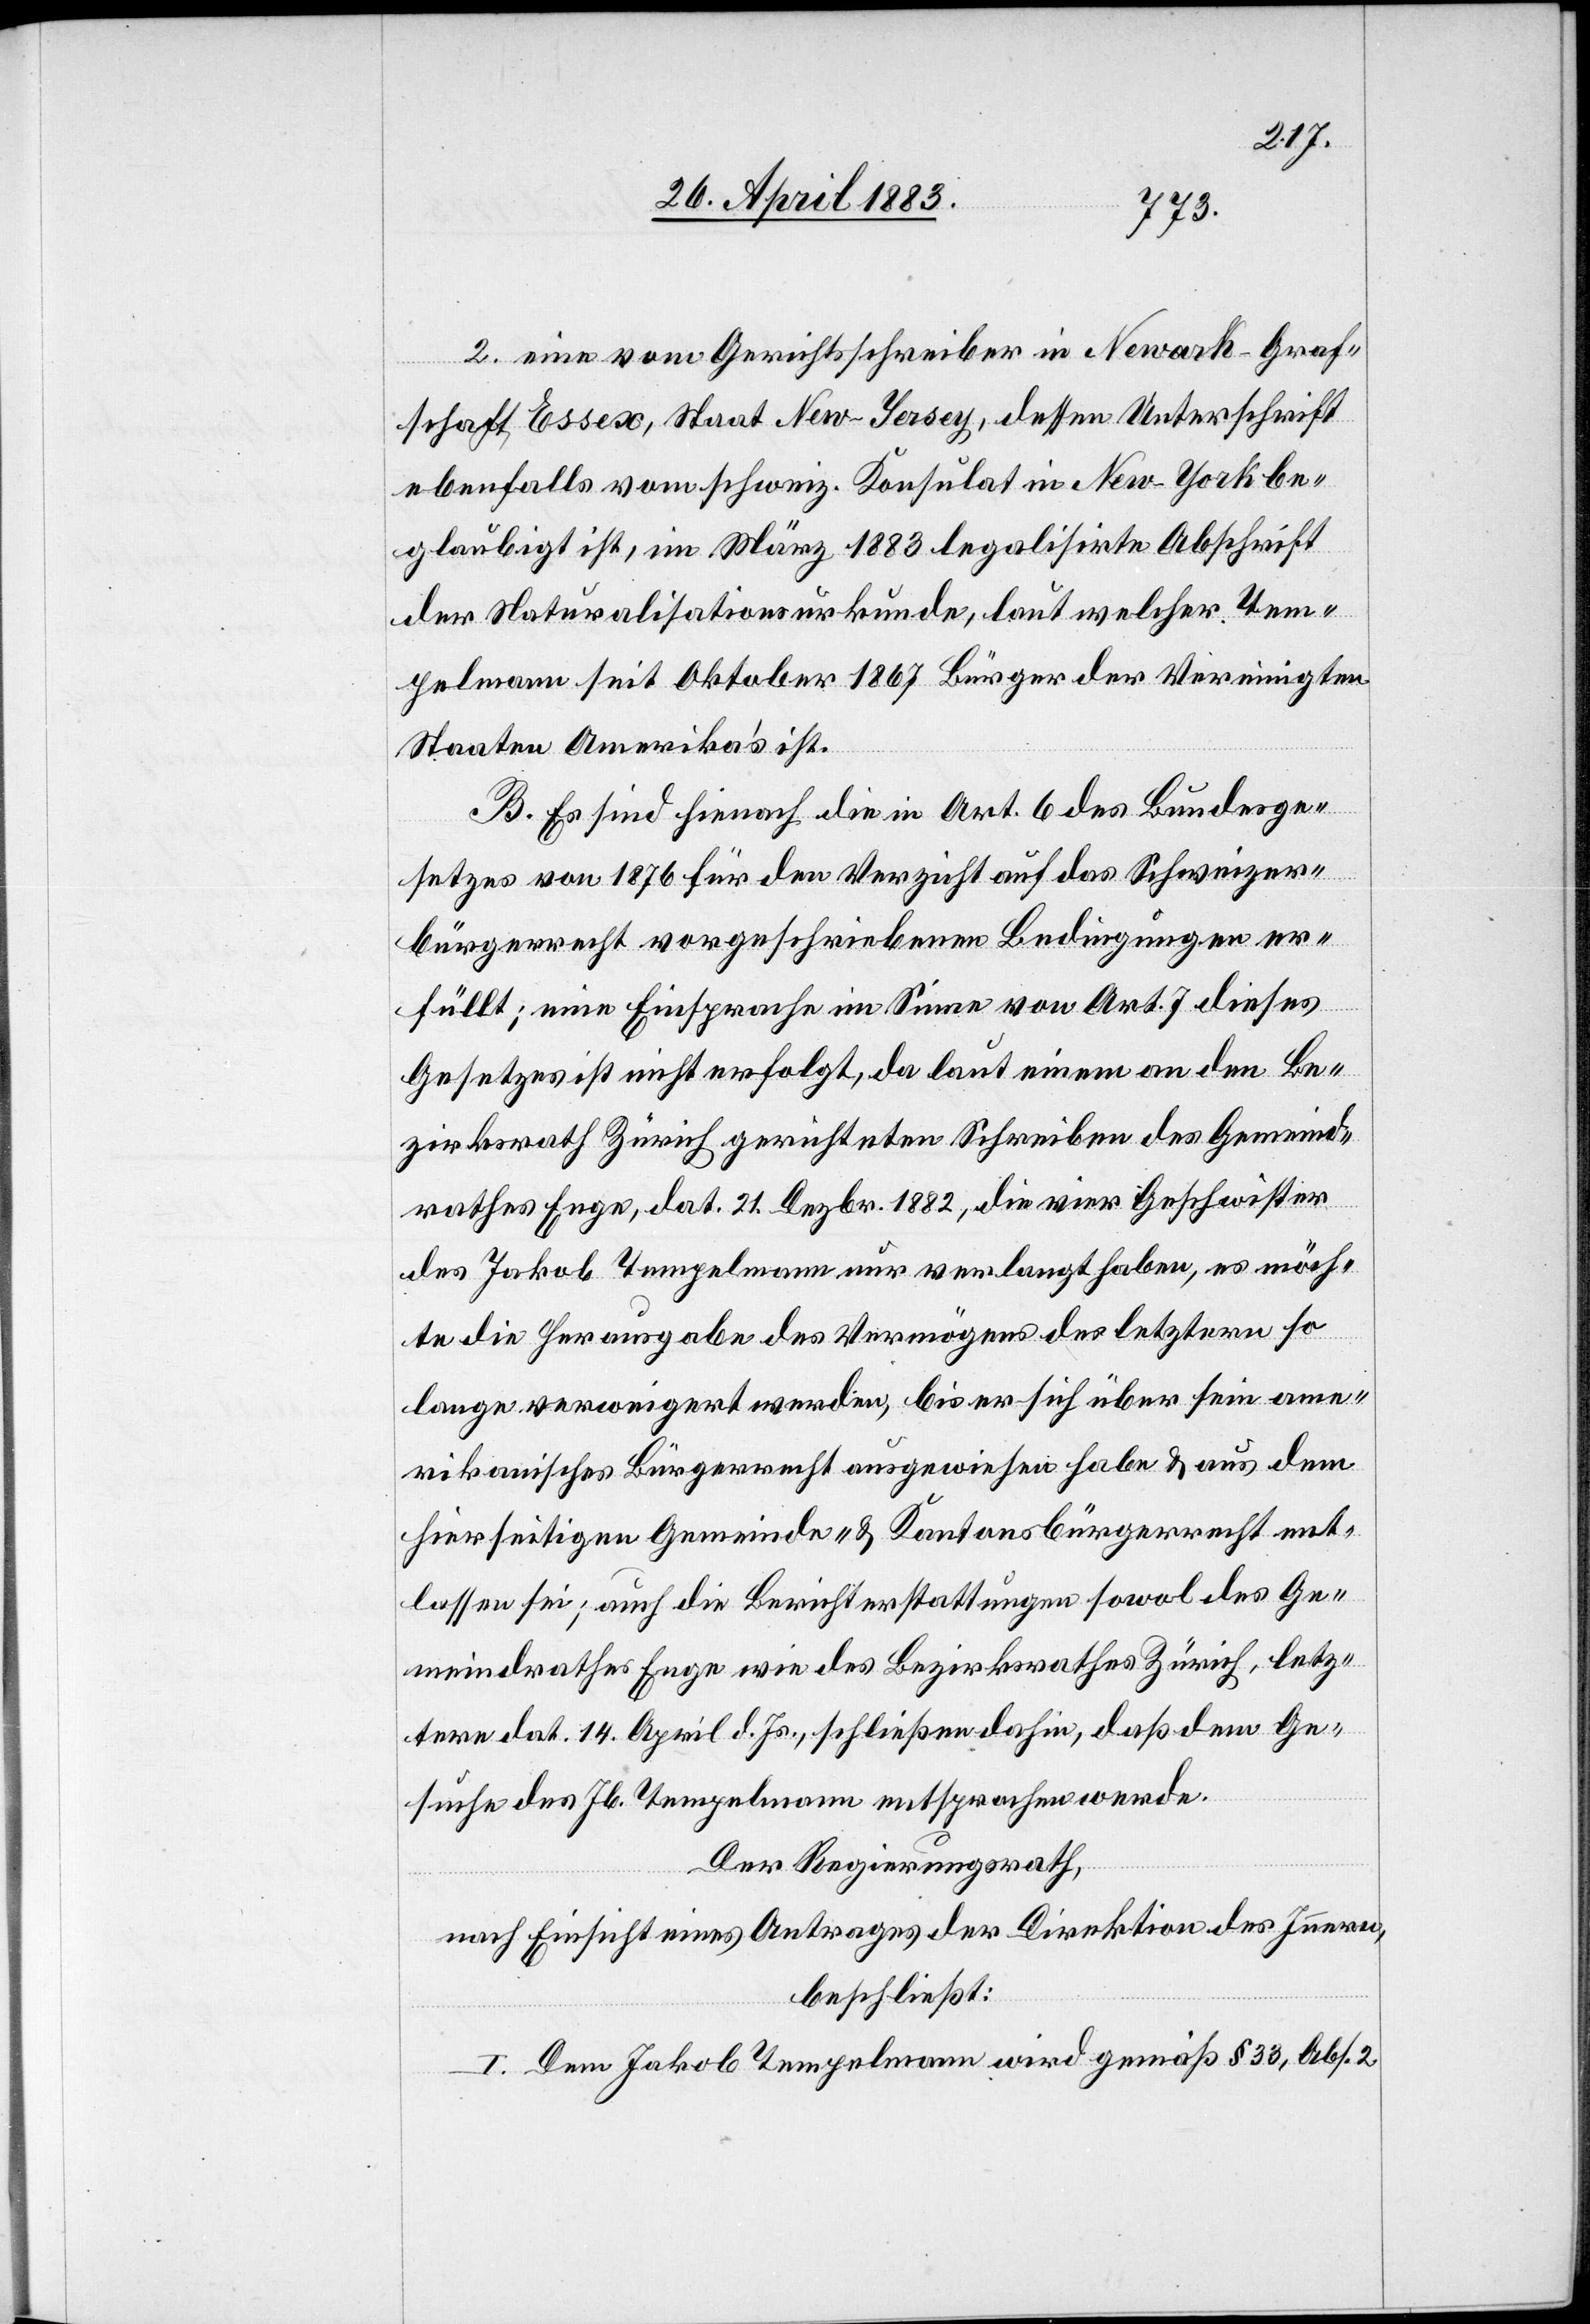
2. eine vom Gerichtsschreiber in Newark - Graf¬
schaft Essex, Staat New-Jersey, dessen Unterschrift
ebenfalls vom schweiz. Konsulat in New-York be¬
glaubigt ist, im März 1883 legalisirte Abschrift
der Naturalisationsurkunde, laut welcher Tem¬
pelmann seit Oktober 1867 Bürger der Vereinigten
Staaten Amerika’s ist.
B. Es sind hienach die in Art. 6 des Bundesge¬
setzes von 1876 für den Verzicht auf das Schweizer¬
bürgerrecht vorgeschriebenen Bedingungen er¬
füllt; eine Einsprache im Sinne von Art. 7 dieses
Gesetzes ist nicht erfolgt, da laut einem an den Be¬
zirksrath Zürich gerichteten Schreiben des Gemeind¬
rathes Enge, dat. 21. Dezbr. 1882, die vier Geschwister
des Jakob Tempelmann nur verlangt haben, es möch¬
te die Herausgabe des Vermögens des letztern so
lange verweigert werden, bis er sich über sein ame¬
rikanisches Bürgerrecht ausgewiesen habe & aus dem
hierseitigen Gemeinde- & Kantonsbürgerrecht ent¬
lassen sei; auch die Berichterstattungen sowol des Ge¬
meindrathes Enge wie des Bezirksrathes Zürich, letz¬
tere dat. 14. April d. Js., schliessen dahin, daß dem Ge¬
suche des Jb. Tempelmann entsprochen werde.
Der Regierungsrath,
nach Einsicht eines Antrages der Direktion des Innern,
beschließt:
I. Dem Jakob Tempelmann wird gemäß § 33, Abs. 2